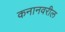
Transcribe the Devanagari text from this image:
कनानवरील